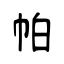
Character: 帕